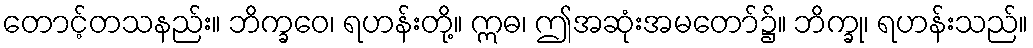
တောင့်တသနည်း။ ဘိက္ခဝေ၊ ရဟန်းတို့။ ဣဓ၊ ဤအဆုံးအမတော်၌။ ဘိက္ခု၊ ရဟန်းသည်။